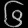
Digit: ၆